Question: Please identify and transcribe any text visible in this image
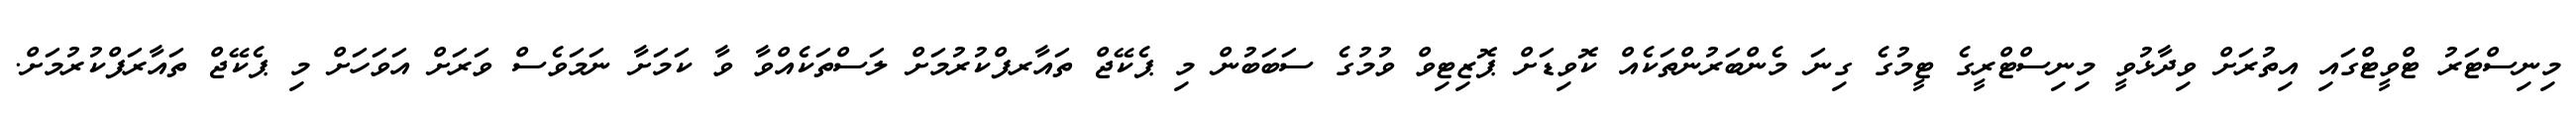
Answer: މިނިސްޓަރު ޓްވީޓްގައި އިތުރަށް ވިދާޅުވީ މިނިސްޓްރީގެ ޓީމުގެ ގިނަ މެންބަރުންތަކެއް ކޮވިޑަށް ޕޮޒިޓިވް ވުމުގެ ސަބަބުން މި ޕެކޭޖް ތައާރފްކުރުމަށް ލަސްތަކެއްވާ ވާ ކަމަށާ ނަމަވެސް ވަރަށް އަވަހަށް މި ޕެކޭޖް ތައާރަފްކުރުމަށް.